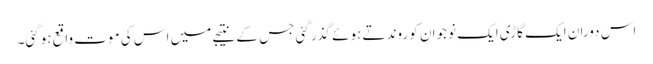
اس دوران ایک گاڑی ایک نوجوان کو روندتے ہوئے گذر گئی جس کے نتیجے میں اس کی موت واقع ہوگئی۔